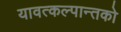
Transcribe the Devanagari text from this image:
यावत्कल्पान्तको